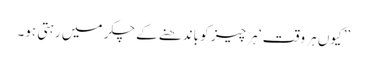
’’کیوں ہر وقت ‘ ہر چیز کو باندھنے کے چکر میں رہتی ہو۔